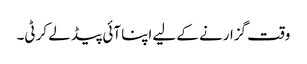
وقت گزارنے کے لیے اپنا آئی پیڈ لے کر ٹی۔